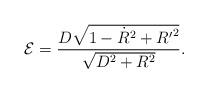
LaTeX: \begin{align*}{\cal E} = \frac{D\sqrt{1-{\dot R}^2 + {R^{\prime}}^2}}{\sqrt{D^2+R^2}}.\end{align*}